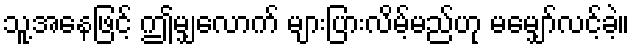
သူ့အနေဖြင့် ဤမျှလောက် များပြားလိမ့်မည်ဟု မမျှော်လင့်ခဲ့။